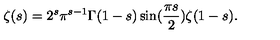
\zeta ( s ) = 2 ^ { s } \pi ^ { s - 1 } \Gamma ( 1 - s ) \sin ( \frac { \pi s } { 2 } ) \zeta ( 1 - s ) .